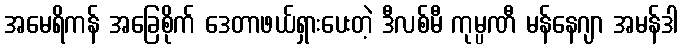
အမေရိကန် အခြေစိုက် ဒေတာဖယ်ရှားပေးတဲ့ ဒီလစ်မီ ကုမ္ပဏီ မန်နေဂျာ အမန်ဒါ